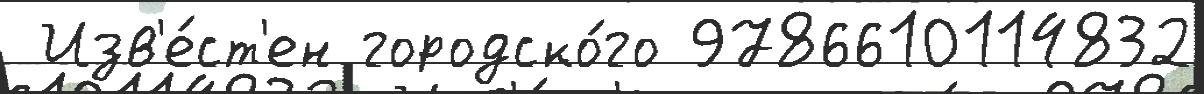
 Изв'е́ст'ен городско́го 9786610114832